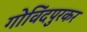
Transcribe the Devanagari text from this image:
गोविंदपुरकर